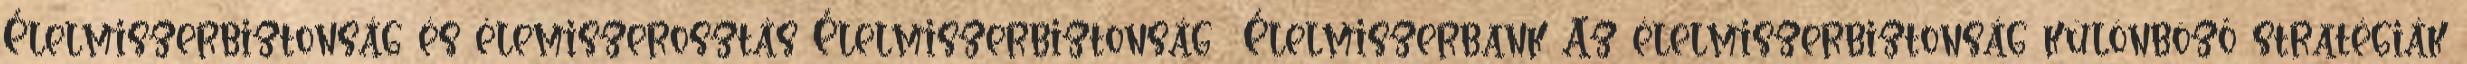
Élelmiszerbiztonság és élemiszerosztás Élelmiszerbiztonság Élelmiszerbank Az élelmiszerbiztonság különböző stratégiák